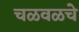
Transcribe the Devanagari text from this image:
चळवळचे